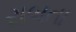
રાબતા